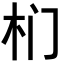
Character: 𭩛